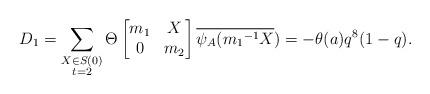
LaTeX: \begin{align*} D_1=\displaystyle \sum_{\substack{X\in S(0) \\ t=2 }}\Theta \begin{bmatrix} m_1 & X\\0 & m_2\end{bmatrix}\overline{\psi_A({m_1}^{-1}X})=-\theta(a)q^8(1-q). \end{align*}